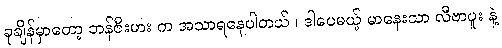
ခုချိန်မှာတော့ ဘန်ဇီးမား က အသာရနေပါတယ် ၊ ဒါပေမယ့် မာနေးသာ လီဗာပူး နဲ့